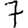
Digit: 7